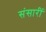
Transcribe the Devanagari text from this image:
संसारीं